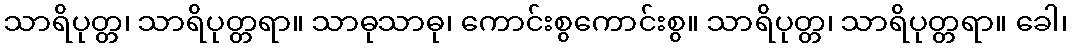
သာရိပုတ္တ၊ သာရိပုတ္တရာ။ သာဓုသာဓု၊ ကောင်းစွကောင်းစွ။ သာရိပုတ္တ၊ သာရိပုတ္တရာ။ ခေါ၊